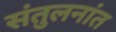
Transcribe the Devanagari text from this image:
संतुलनांत